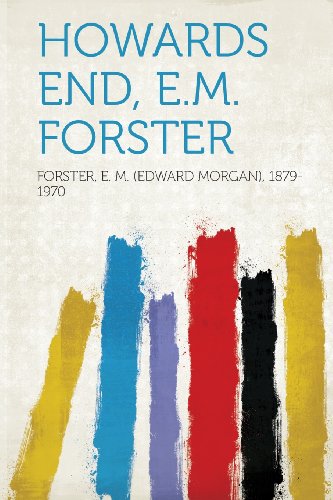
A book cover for Howards End, E.M. Forster; Forster E. M. (Edward Morgan 1879-1970; Crafts, Hobbies & Home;